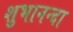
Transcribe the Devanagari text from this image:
शुभानन्दा